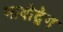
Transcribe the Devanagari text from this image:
भावोद्वेग